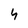
Character: 4